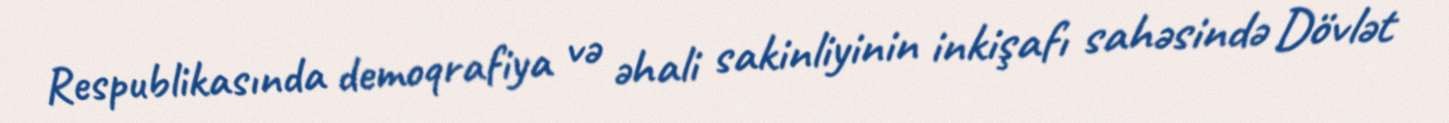
Respublikasında demoqrafiya və əhali sakinliyinin inkişafı sahəsində Dövlət